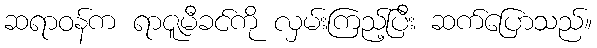
ဆရာဝန်က ရာဇူမီခင်ကို လှမ်းကြည့်ပြီး ဆက်ပြောသည်။